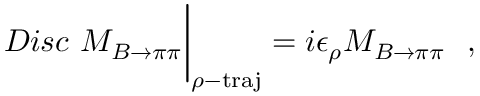
D i s c ~ { \cal { M } } _ { B \to \pi \pi } \bigg | _ { \rho - \mathrm { t r a j } } = i \epsilon _ { \rho } { \cal { M } } _ { B \to \pi \pi } \ \ ,